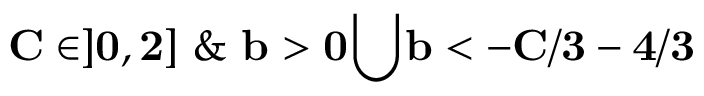
\mathbf { C \in ] 0 , 2 ] } \ \& \ \mathbf { b > 0 } \mathbf { \bigcup } \mathbf { b < - C / 3 - 4 / 3 }